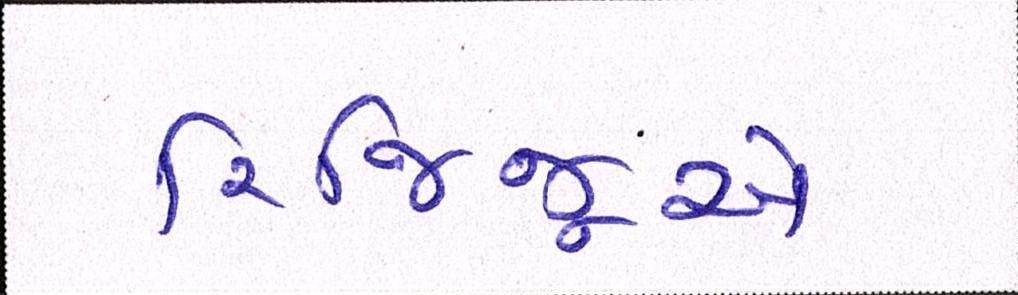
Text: રિજિજૂએ